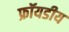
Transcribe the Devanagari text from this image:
फ्रॉयडीय